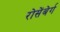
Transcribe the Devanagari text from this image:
रोसेंबेर्ग